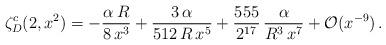
LaTeX: \begin{align*}\zeta_D^c(2,x^2)=-\frac{\alpha\,R}{8\,x^3}+\frac{3\,\alpha}{512\,R\,x^5}+\frac{555}{2^{17}}\,\frac{\alpha}{R^3\,x^7}+{\cal O}(x^{-9})\,{.}\end{align*}